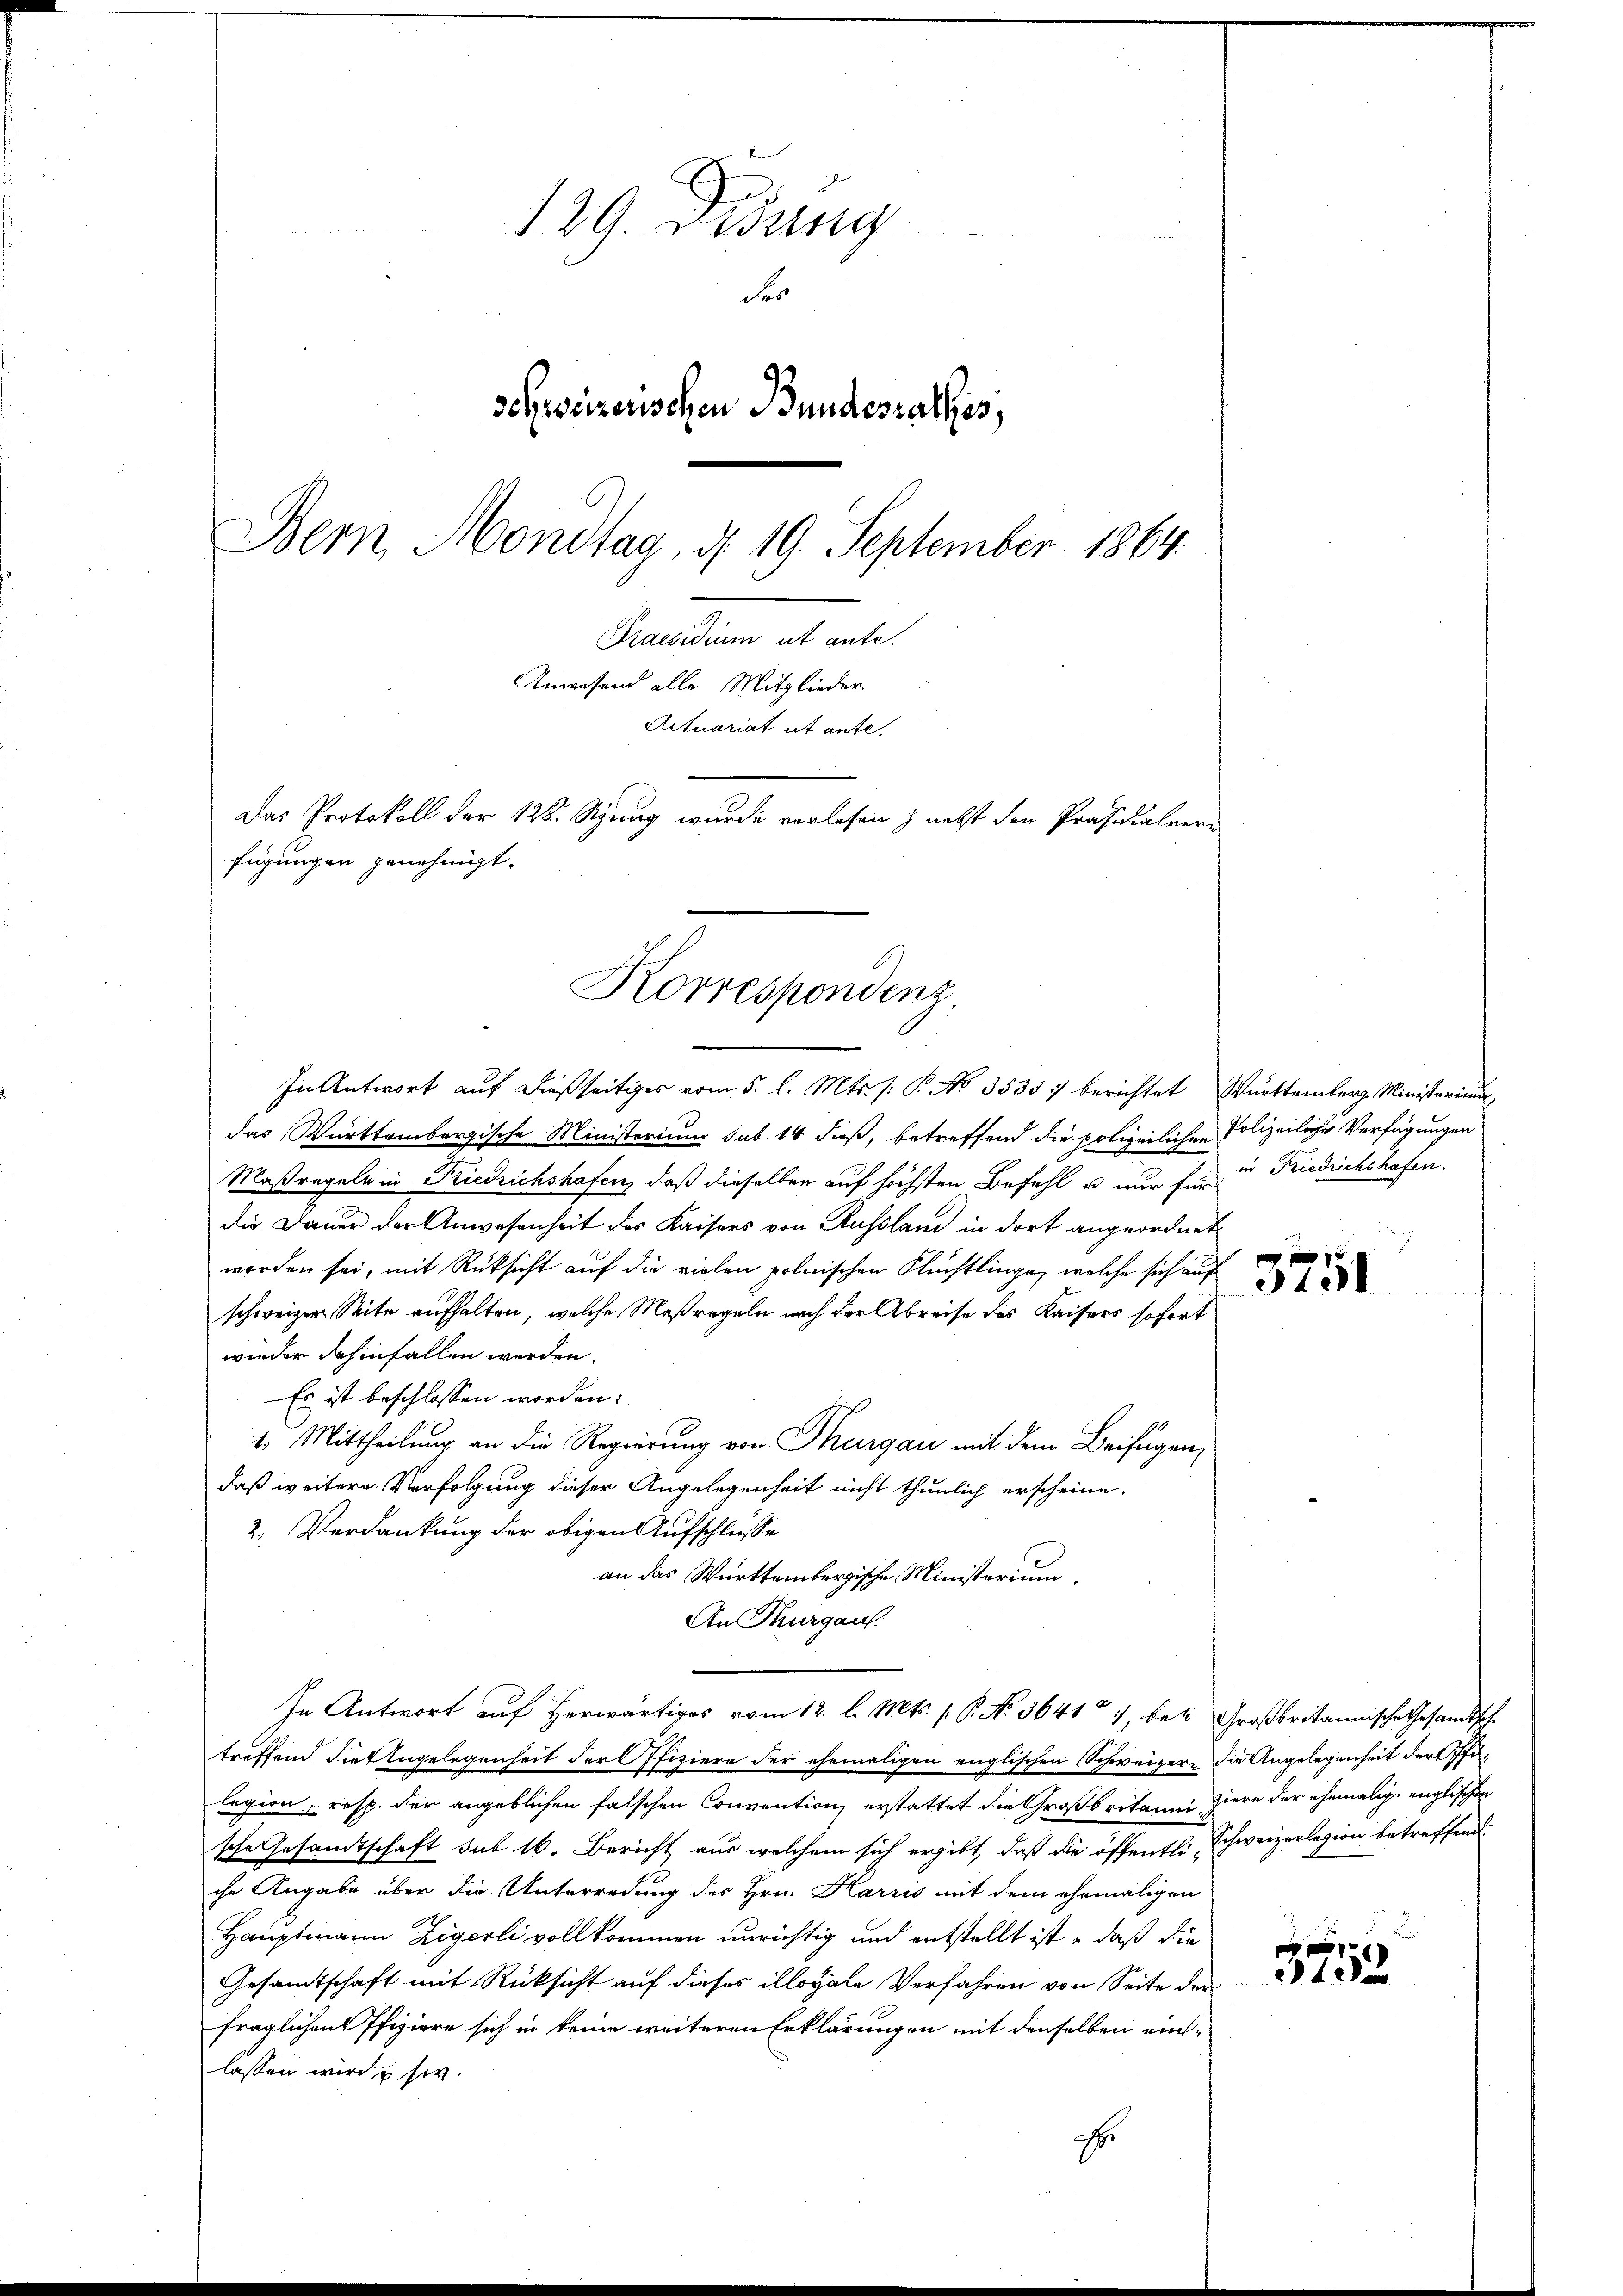
129. Didung
des
schweizerischen Bundesrathes,
Bern Mondtag, d. 19. September 1864.
Kandlung es al
Ainwesend alle Mitglieder.
Actuariat et ante.
Das Protokoll der 122. Szung wurde verlesen & nebst den Präsidialvere
fügungen genehmigt.

Korrespondenz.

In Antwort auf dießseitiges vom 5. l. Mts. (: P. No 3535 :/ berichtet Württemberg Ministeriu
das Württembergische Ministerium sub 14 dieß, betreffend die polizeilichen Polizeiliche Verfügungen
Maßregeln in Friedrichshafen, daß dieselben auf höchsten Befehl u. nur für in Friedrichshafen.
die Dauer der Anwesenheit des Kaisers von Russland in dort angeordnet
worden sei, mit Rüksicht auf die vielen polnischen Flüchtlinge, welche sich auf
schweizer Seite aufhalten, welche Maßregeln nach der Abreise des Kaisers sofort
wieder dahinfallen werden.
Es ist beschlossen worden:
1. Mittheilung an die Regierung von Thurgau mit dem Beifügen,
daß weitere Verfolgung dieser Angelegenheit nicht thunlich erscheine.
2. Verdankung der obigen Aufschlüsse
an das Württembergische Ministerium,
An Thurgau.
In Antwort auf herwärtiges vom 12. l. Mts. 1. P. Nr. 36417, bei Großbritannische Gesandtsche
treffend die Engelegenheit der Offiziere der ehemaligen englischen Schweizern die Angelegenheit der Pfilegion, resp. der angeblichen falschen Convention erstattet die Großbritanni ziere der ehemalig, englischen
sche Gesamtschaft sub 16. Bericht aus welchem sich ergibt, daß die öffentli-Schweizerlegion betreffend
che Angabe über die Unterredung des Hrn. Harris mit dem ehemaligen
Hauptmann Zigerli vollkommen unrichtig und entstellt ist, daß die
Gesandtschaft mit Rücksicht auf dieses illoyale Verfahren von Seite der
fraglichen Pfiziere sich in keine weiteren Erklärungen mit denselben einlassen wird u sie.
Er

x

2

x